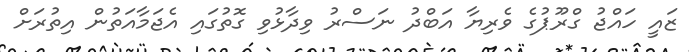
ޒައީ ހައްޖު ގްރޫޕުގެ ވެރިޔާ އަބްދު ނަސްރު ވިދާޅުވި ގޮތުގައި އެޖަމާއަތުން އިތުރަށް